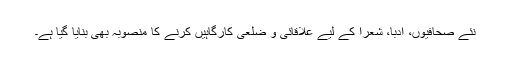
نئے صحافیوں، ادبا، شعرا کے لیے علاقائی و ضلعی کارگاہیں کرنے کا منصوبہ بھی بنایا گیا ہے۔